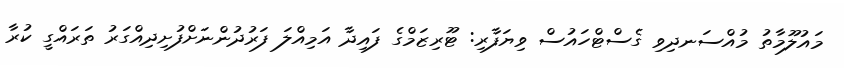
މައުލޫމާތު މުއްސަނދިވި ގެސްޓްހައުސް ވިޔަފާރި: ޓޫރިޒަމްގެ ފައިދާ އަމިއްލަ ފަރުދުންނަށްފުށިދިއްގަރު ތަރައްގީ ކުރާ